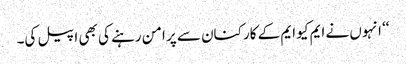
‘‘ انہوں نے ایم کیو ایم کے کارکنان سے پر امن رہنے کی بھی اپیل کی۔